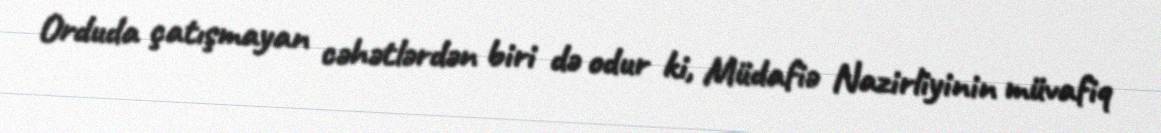
Orduda çatışmayan cəhətlərdən biri də odur ki, Müdafiə Nazirliyinin müvafiq